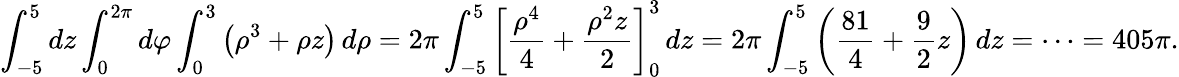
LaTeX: \int_{-5}^{5}dz\int_{0}^{2\pi}d\varphi\int_{0}^{3}\left(\rho^{3}+\rho z\right)\, d\rho=2\pi\int_{-5}^{5}\left[{\frac{\rho^{4}}{4}}+{\frac{\rho^{2}z}{2}}\right]_{0}^{3}\, dz=2\pi\int_{-5}^{5}\left({\frac{81}{4}}+{\frac{9}{2}}z\right)\, dz=\cdots=405\pi.